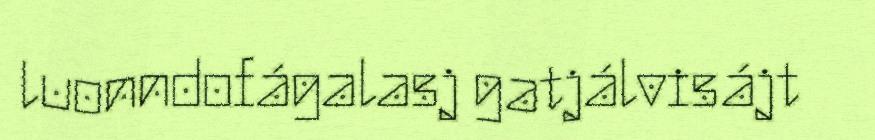
luonndofágalasj gatjálvisájt